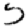
Digit: 5